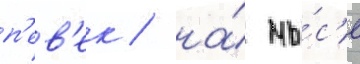
п'ев'ек / на́ мы́с'е